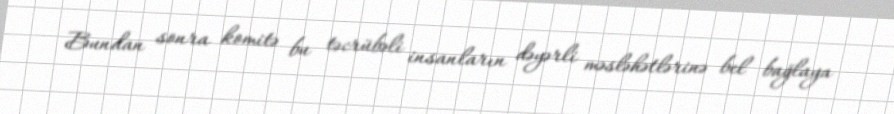
Bundan sonra komitə bu təcrübəli insanların dəyərli məsləhətlərinə bel bağlaya